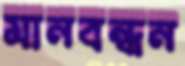
মানবন্ধন